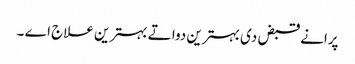
پرانے قبض د‏‏ی بہترین دوا تے بہترین علاج اے ۔